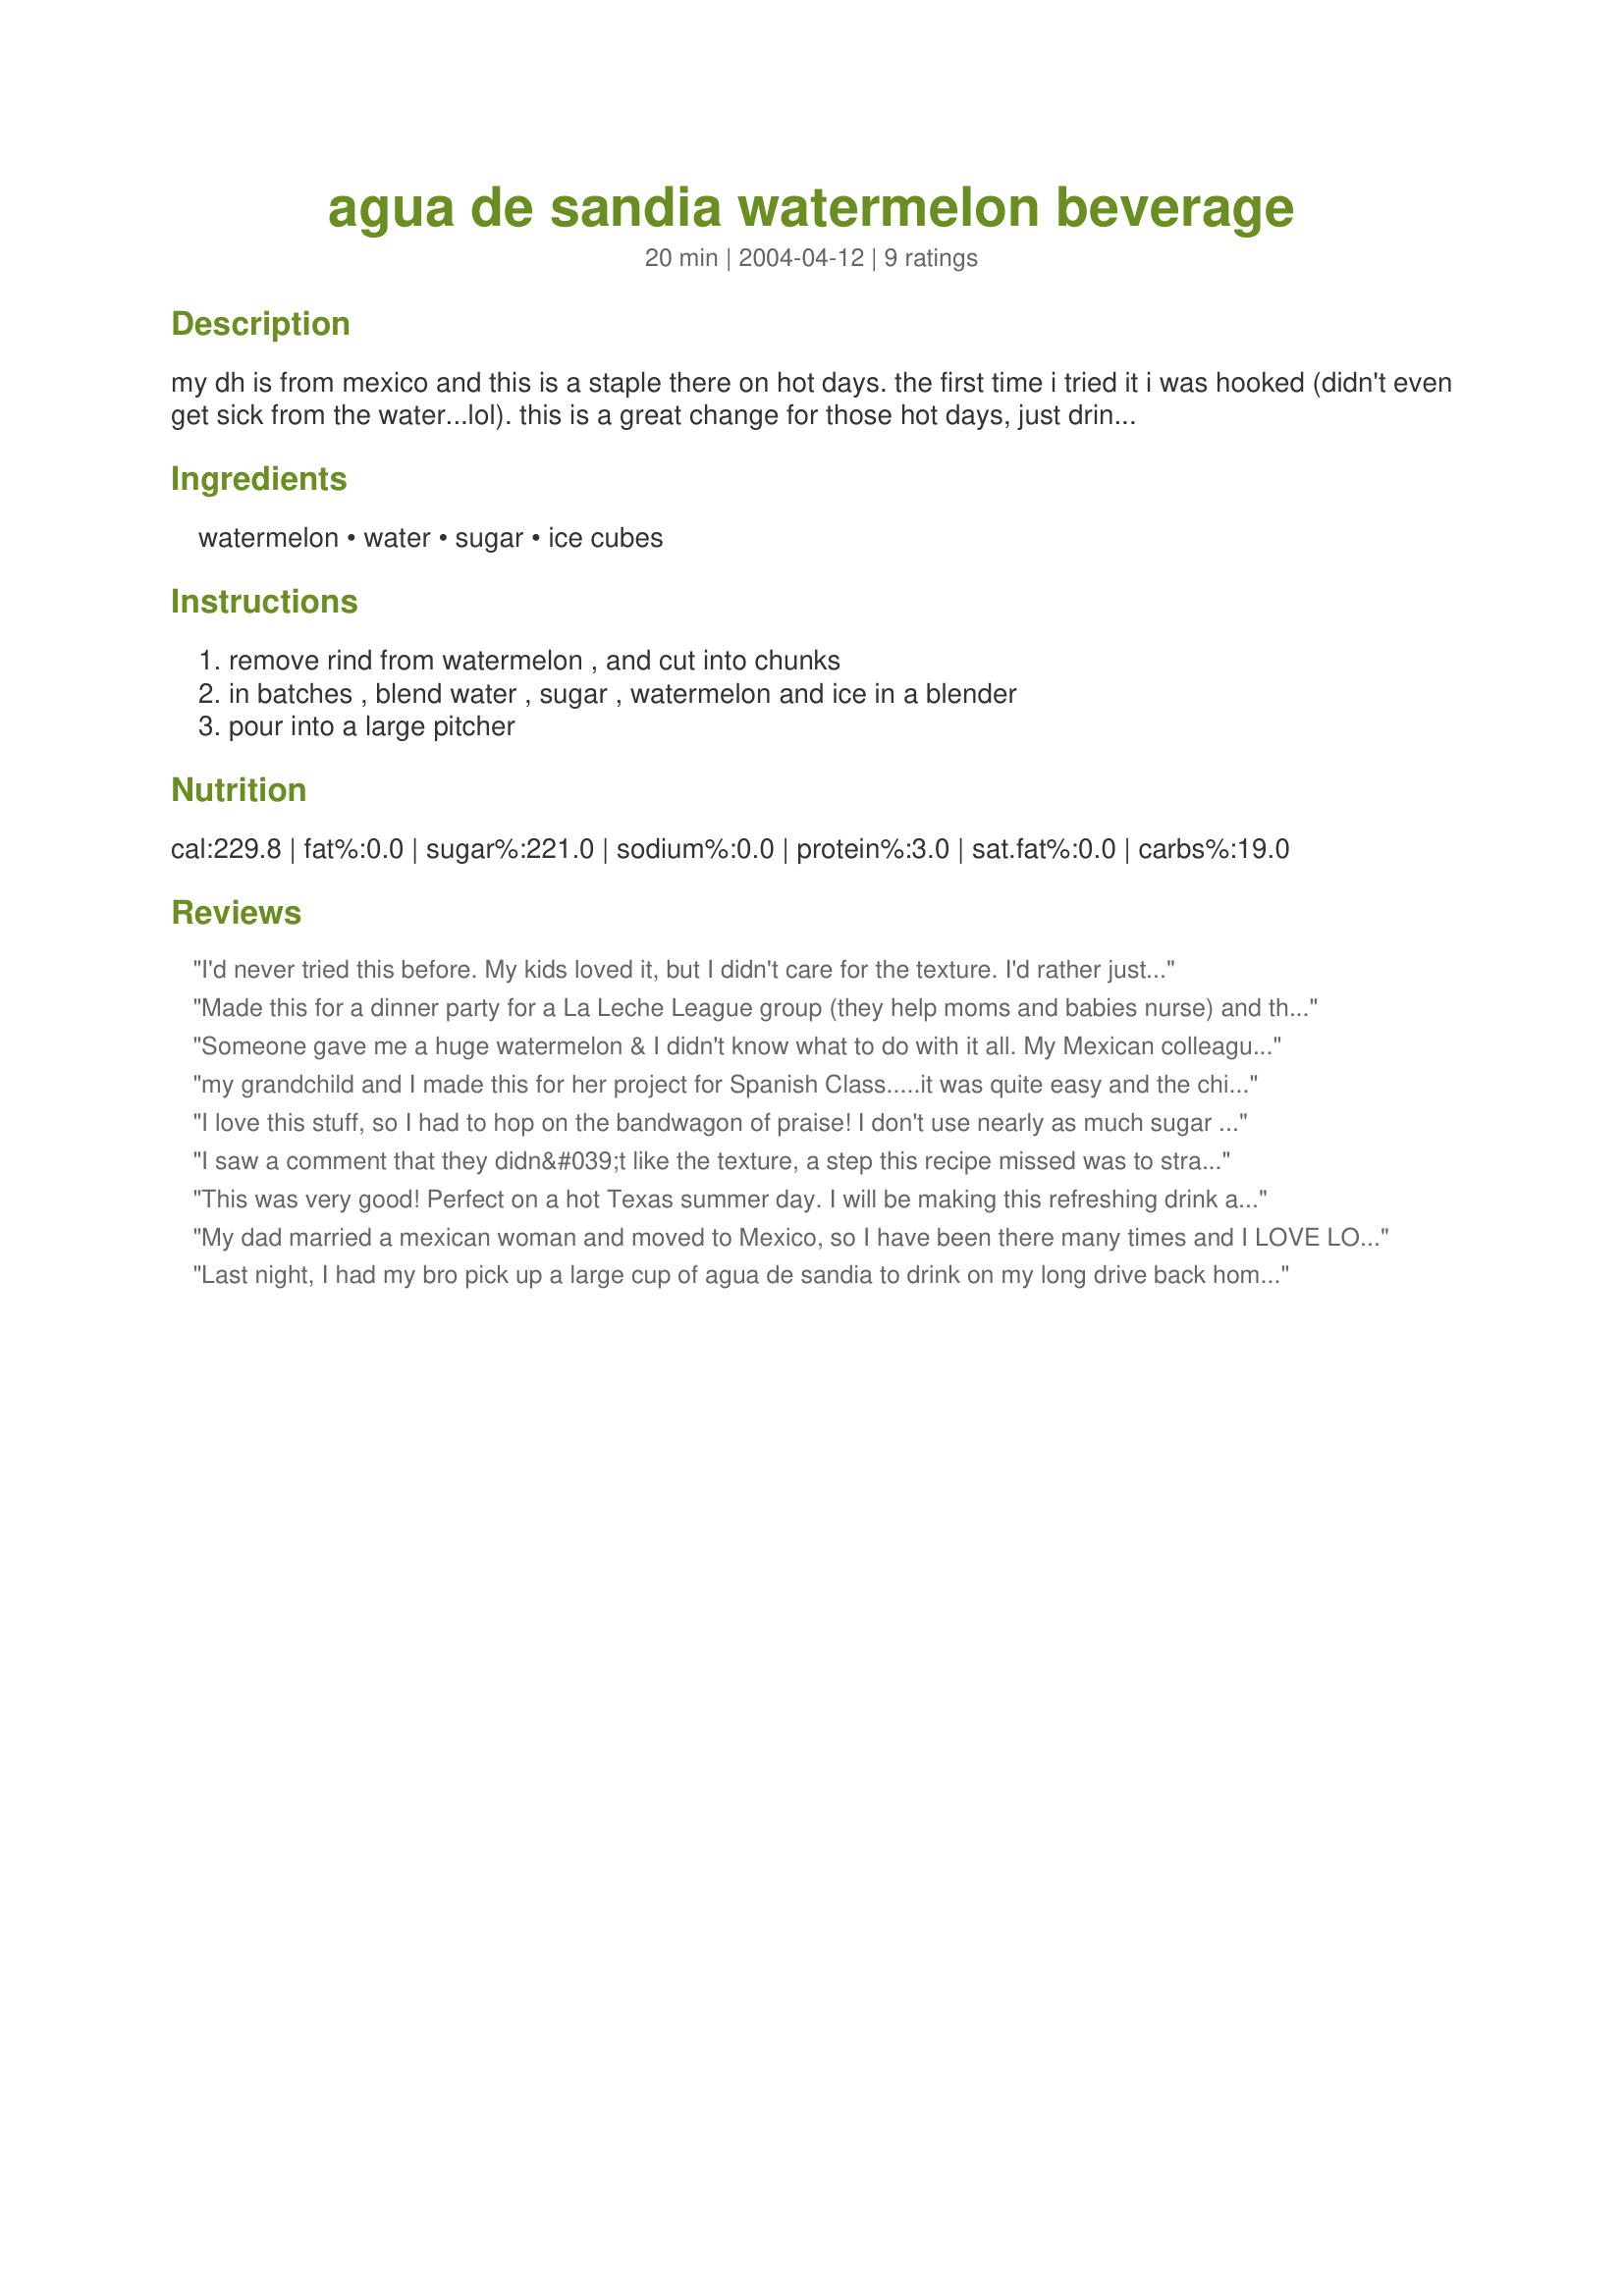
agua de sandia watermelon beverage
Preparation time: 20 minutes

my dh is from mexico and this is a staple there on hot days. the first time i tried it i was hooked (didn't even get sick from the water...lol). this is a great change for those hot days, just drink and enjoy.

Ingredients:
watermelon, water, sugar, ice cubes

Steps:
remove rind from watermelon , and cut into chunks, in batches , blend water , sugar , watermelon and ice in a blender, pour into a large pitcher

Reviews:
I'd never tried this before. My kids loved it, but I didn't care for the texture. I'd rather just eat plain watermelon cubes.
Made this for a dinner party for a La Leche League group (they help moms and babies nurse) and there were about 10 moms and 5 toddlers - This was a HUGE hit with the kids and was enjoyed by the adults as well. I received a call the morning after for the recipe!
Someone gave me a huge watermelon & I didn't know what to do with it all. My Mexican colleague told me to look up this recipe. I made it & it was DELICIOUS! I added rum to this, had some friends over & everyone went crazy for it! You could even use watermelon vodka or a fruit-flavored rum to kick it up a notch! Awesome recipe!!
my grandchild and I made this for her project for Spanish Class.....it was quite easy and the children all loved it......now a family favorite here for hot afternoons
I love this stuff, so I had to hop on the bandwagon of praise! I don't use nearly as much sugar as is called for...I use maybe 1/2 cup. Depends on how sweet and flavorful your melon is, I suppose. I add the juice of a couple of limes or of a couple lemons to add some more complexity. I also sometimes use sparkling water to make it fizzy. I think this drink is best served when freshly made (assuming all your ingredients are thoroughly chilled) because the water and watermelon pulp separate after a few hours in the frige. This is such a unique summer beverage (for us of Los Estados Unidos), and a wonderful way to use up mass quantities of watermelon! Go ahead and buy a whole one!!!!
I saw a comment that they didn&#039;t like the texture, a step this recipe missed was to strain the pulp after blending so you get pure liquid. What I was taught to do was to simply get a small strainer and place on jar as you put the liquid occasionally remove pulp and you will have Agua de Sandra. Other wise it&#039;s delicious.
This was very good! Perfect on a hot Texas summer day. I will be making this refreshing drink again!
My dad married a mexican woman and moved to Mexico, so I have been there many times and I LOVE LOVE LOVE these drinks! Watermelon is one of my favorites and this is a great recipe for it! Thank You!
Last night, I had my bro pick up a large cup of agua de sandia to drink on my long drive back home. My son saw it, took a few sips and wanted it for himself. It was bedtime for him so I told him that I would make some for him the next day (today). Thankfully, w/your recipe I'm still a mom of my word! My choice of sweetener was Sweet n'Low. I didn't have to use too many packets of it because the watermelon that I had was already really sweet. (We ended up eating watermelon w/our drink. =)
